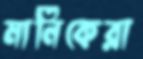
মানিকেরা